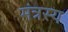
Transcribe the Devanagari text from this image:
मंत्रस्य